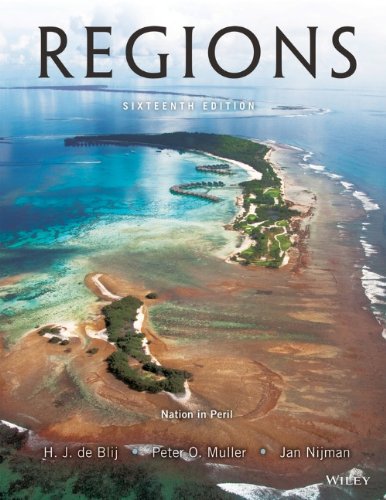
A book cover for Geography: Realms, Regions, and Concepts, 16th Edition; Harm J. de Blij; Science & Math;